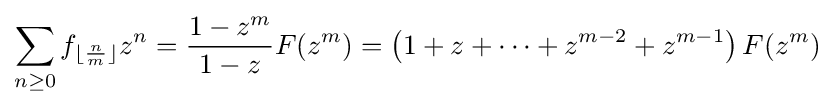
\sum _{n\geq 0}f_{\lfloor {\frac {n}{m}}\rfloor }z^{n}={\frac {1-z^{m}}{1-z}}F(z^{m})=\left(1+z+\cdots +z^{m-2}+z^{m-1}\right)F(z^{m})